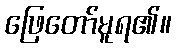
ဖြေတော်မူရ၏။